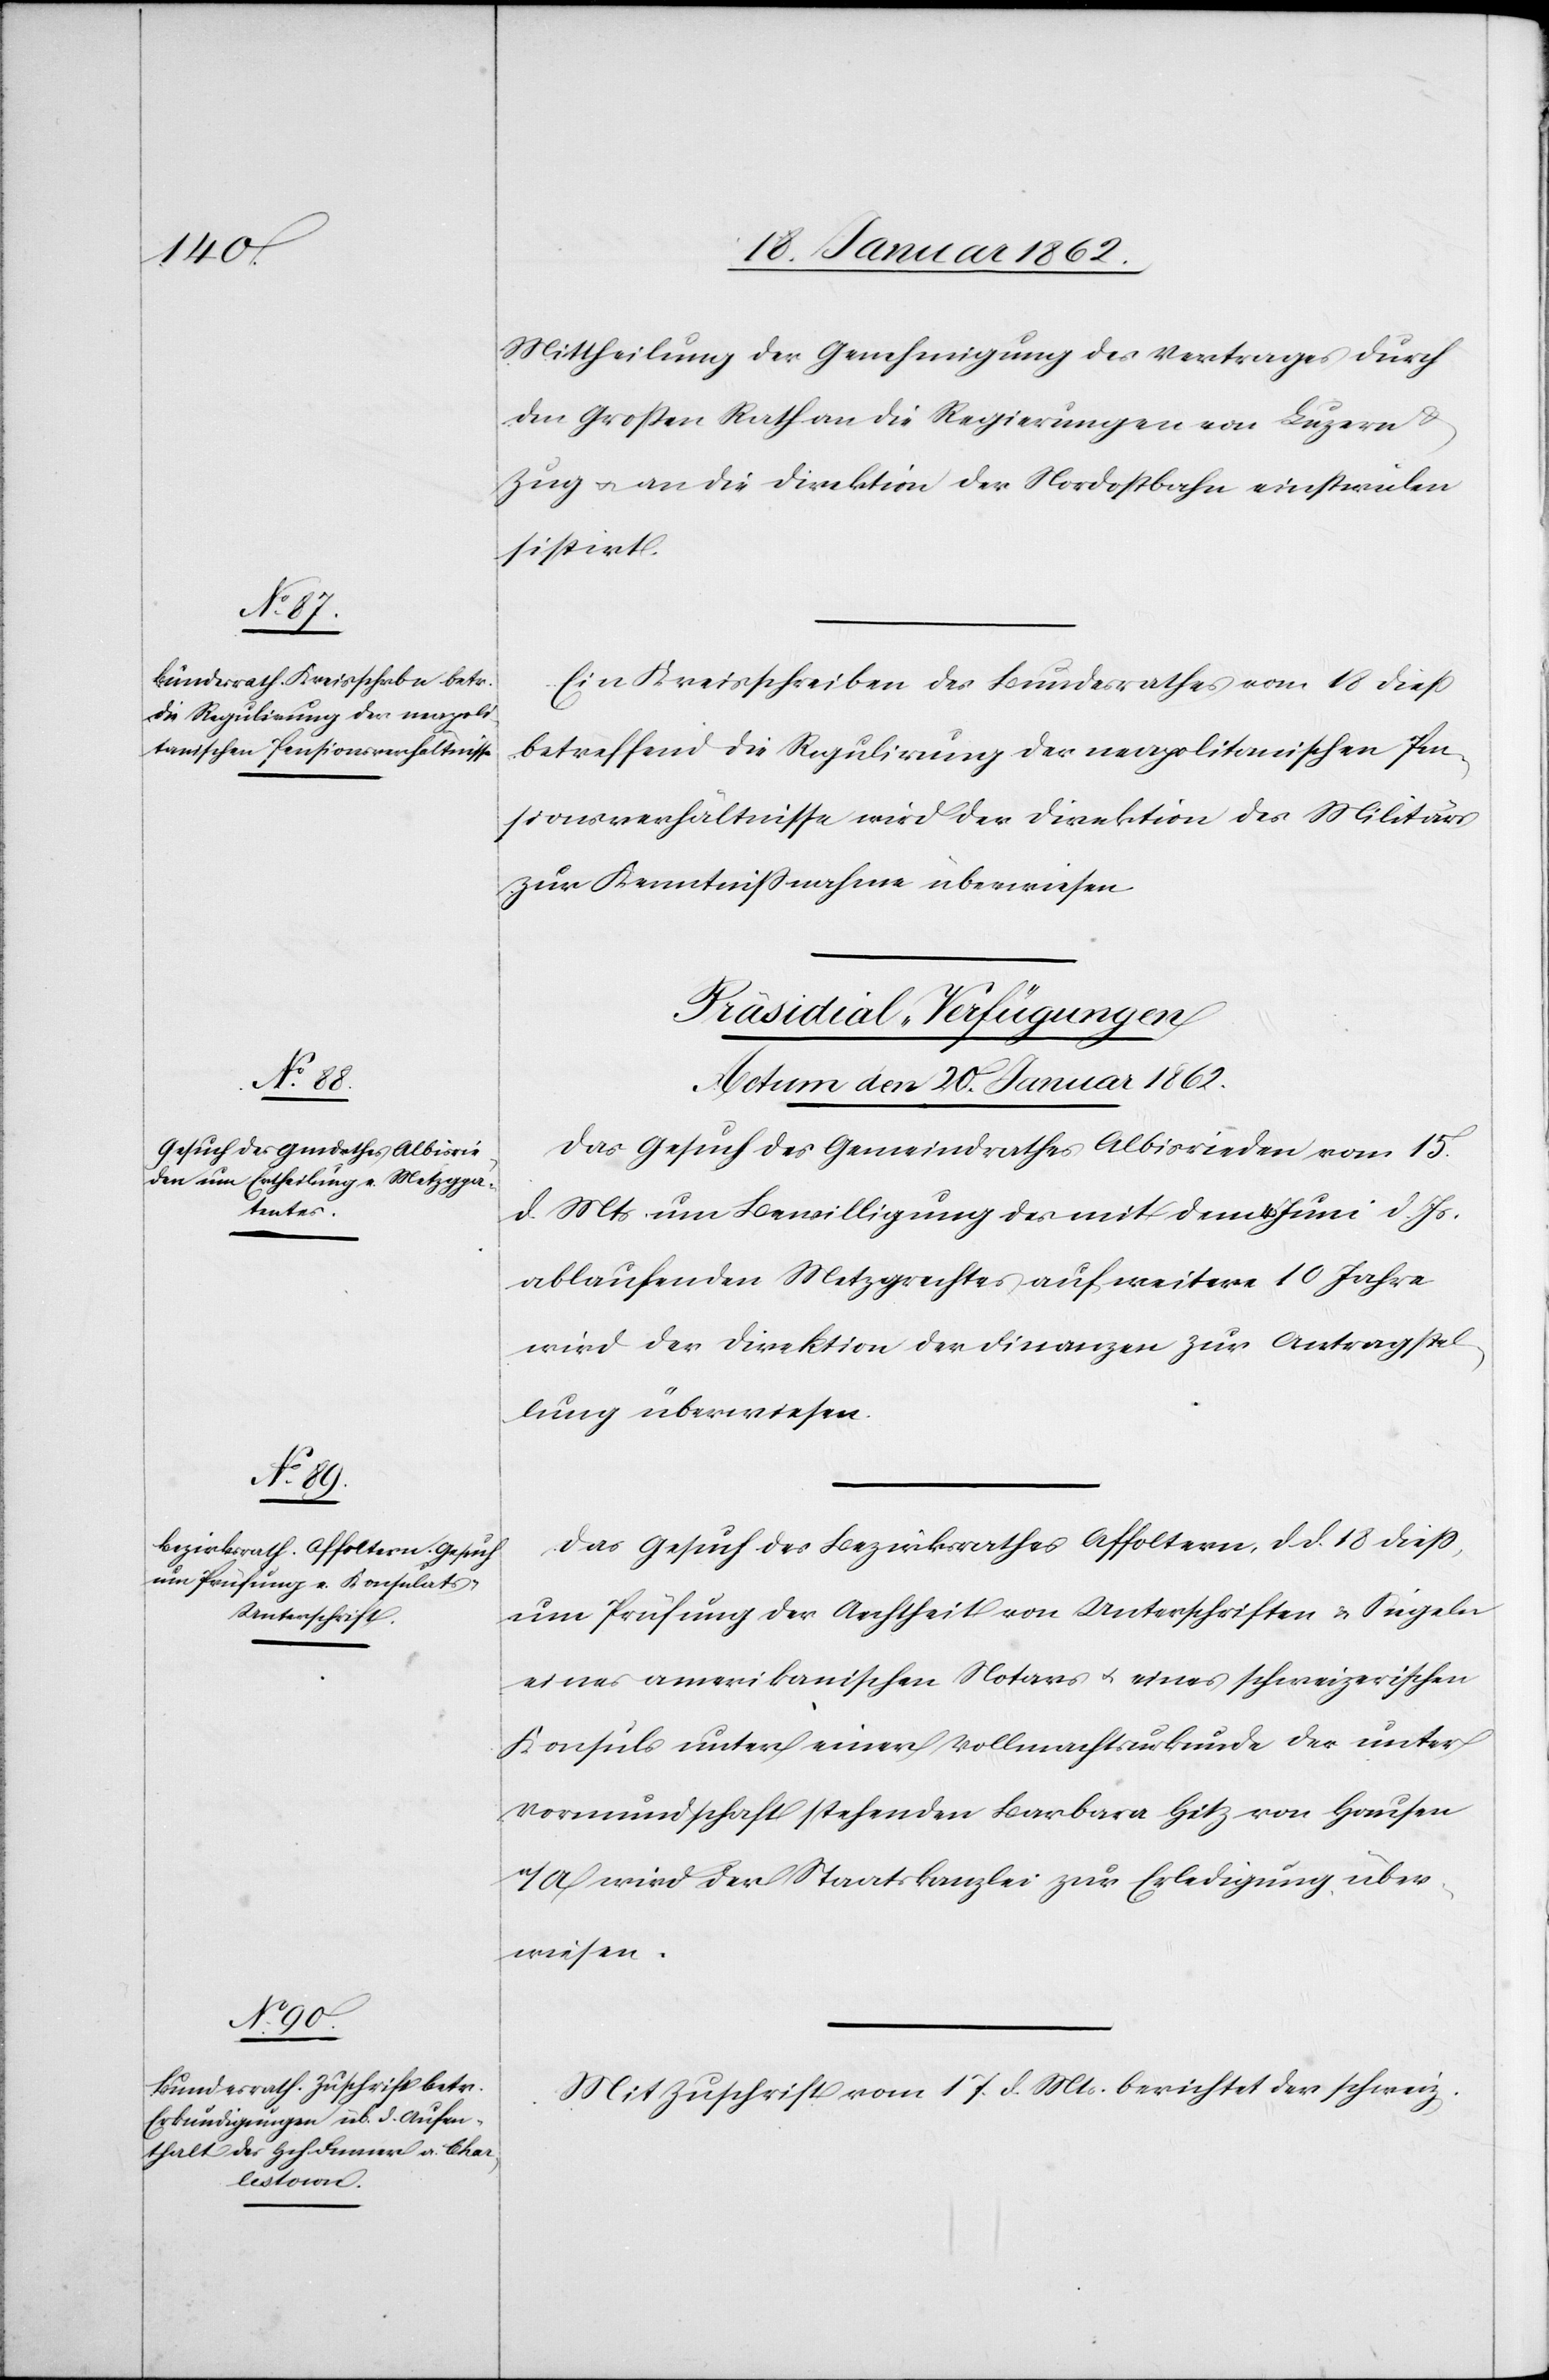
Mittheilung der Genehmigung des Vertrages durch
den Großen Rath an die Regierungen von Luzern
Zug u. an die Direktion der Nordostbahn einstweilen
sistirt.
Ein Kreisschreiben des Bundesrathes vom 18 dieß
betreffend die Regulirung der neapolitanischen Pen¬
sionsverhältnisse wird der Direktion des Militärs
zur Kenntnißnahme überwiesen.
[Präsidial-Verfügungen
Actum den 20. Januar 1862.]
Das Gesuch des Gemeindrathes Albisrieden vom 15.
d. Mts um Bewilligung des mit dem 4. Juni d. Js.
ablaufenden Metzgrechtes auf weitere 10 Jahre
wird der Direktion der Finanzen zur Antragstel¬
lung überwiesen.
Das Gesuch des Bezirksrathes Affoltern, d. d. 18 dieß,
um Prüfung der Aechtheit von Unterschriften u. Siegeln
eines amerikanischen Notars u. eines schweizerischen
Konsuls unter einer Vollmachtsurkunde der unter
Vormundschaft stehenden Barbara Hitz von Hausen
a/A wird der Staatskanzlei zur Erledigung über¬
wiesen.
Mit Zuschrift vom 17. d. Mts. berichtet der schweiz.